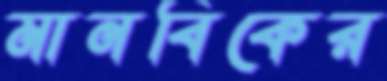
মানবিকের